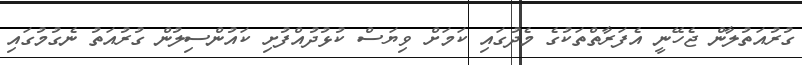
ގުރުއަތުލާން ޖެހޭނީ އެފަރާތްތަކުގެ މެދުގައި ކަމަށް ވިޔަސް ކުޅުދުއްފުށި ކައުންސިލުން ގުރުއަތު ނެގުމުގައި